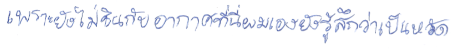
เพราะยังไม่ชินกับอากาศที่นี่ผมเองยังรู้สึกว่าเป็นหวัด